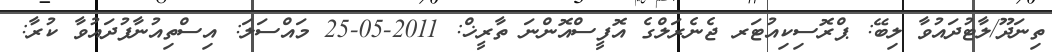
ތިނަދޫ/ލާޓުދައުވާ ލިބޭ: ޕްރޮސިކިއުޓަރ ޖެނެރަލްގެ އޮފީސްއޮންނަ ތާރީޚް: 2011-05-25 މައްސަލަ: އިސްތިއުނާފުދައުވާ ކުރާ: